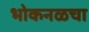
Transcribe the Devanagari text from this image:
भोकनळचा